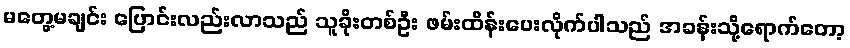
မတွေ့မချင်း ပြောင်းလည်းလာသည် သူခိုးတစ်ဦး ဖမ်းထိန်းပေးလိုက်ပါသည် အခန်းသို့ရောက်တော့